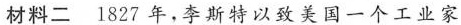
材料二 1827年，李斯特以致美国一个工业家